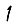
Digit: 1